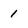
Character: 1